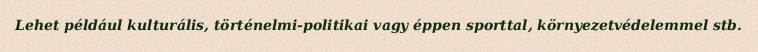
Lehet például kulturális, történelmi-politikai vagy éppen sporttal, környezetvédelemmel stb.